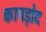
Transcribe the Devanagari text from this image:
कापड़ोद